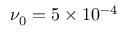
\nu _ { 0 } = 5 \times 1 0 ^ { - 4 }